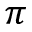
\pi